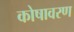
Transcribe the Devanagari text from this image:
कोषावरण